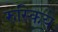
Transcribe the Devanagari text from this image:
रुस्किये